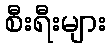
စီးရီးများ